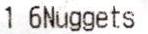
1 6NUGGETS